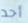
أحد